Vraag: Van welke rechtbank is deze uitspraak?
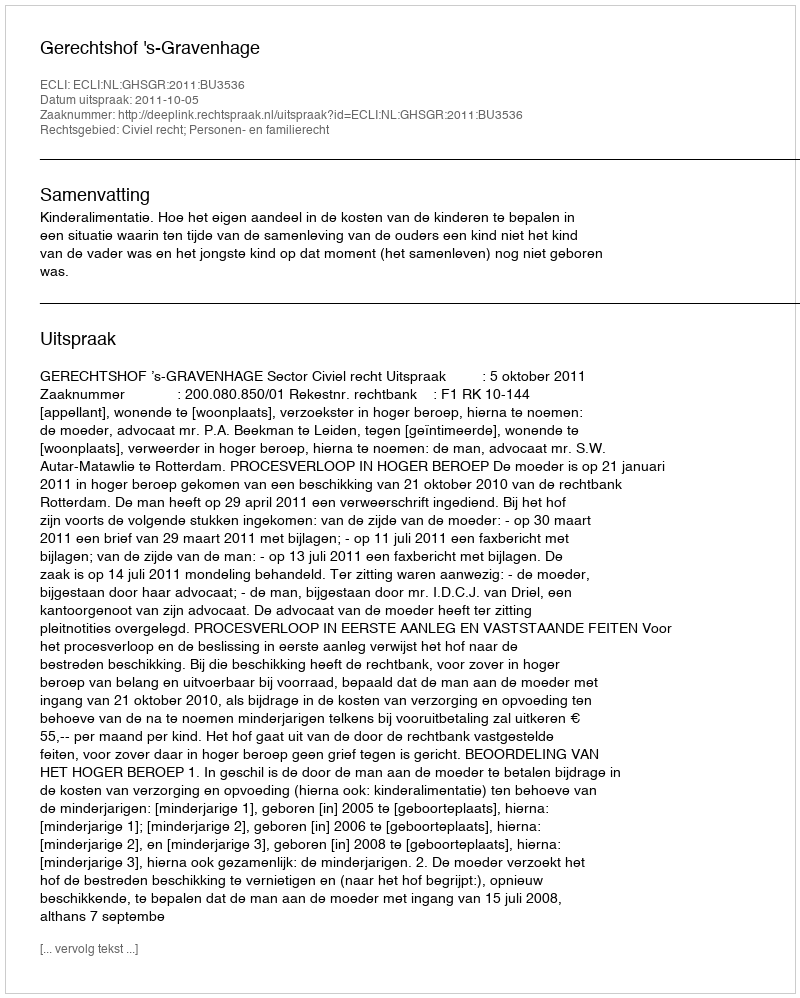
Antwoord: Gerechtshof 's-Gravenhage